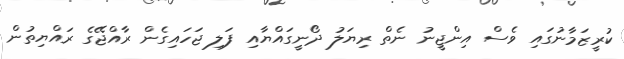
ކުރީޒަމާނުގައި ވެސް އިންޖީނު ނެތް ރިޔަލު ދޯނީގައްޔާއި ފަލި ޖަހައިގެން ރާއްޖޭގެ ރައްޔިތުން